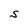
Character: S